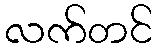
လက်တင်